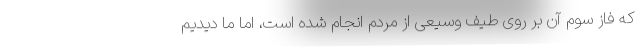
که فاز سوم آن بر روی طیف وسیعی از مردم انجام شده است، اما ما دیدیم